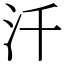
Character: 汘